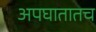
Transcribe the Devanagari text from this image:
अपघातातच